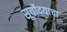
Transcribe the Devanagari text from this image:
सूर्योदयाचा